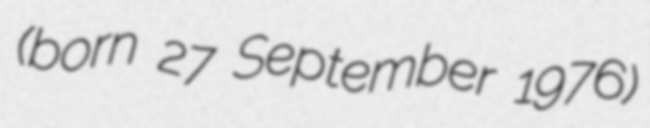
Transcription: (born 27 September 1976)